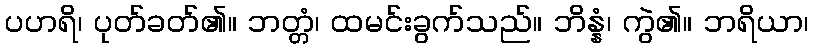
ပဟရိ၊ ပုတ်ခတ်၏။ ဘတ္တံ၊ ထမင်းခွက်သည်။ ဘိန္နံ၊ ကွဲ၏။ ဘရိယာ၊